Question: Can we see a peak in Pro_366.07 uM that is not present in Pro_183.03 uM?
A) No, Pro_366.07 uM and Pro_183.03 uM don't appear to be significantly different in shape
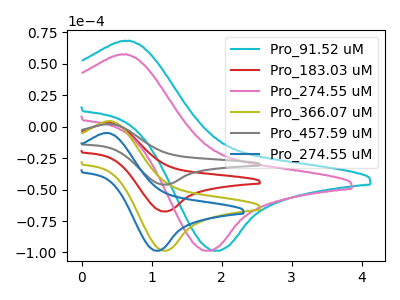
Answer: <think>The cyan curve "Pro_91.52 uM" has an anodic peak at (0.65V, 68.40uA) and a cathodic peak at (1.90V, -98.65uA). The red curve "Pro_183.03 uM" has an anodic peak at (0.40V, 3.05uA) and a cathodic peak at (1.20V, -67.45uA). The pink curve "Pro_274.55 uM" has an anodic peak at (0.60V, 57.60uA) and a cathodic peak at (1.80V, -98.65uA). The olive curve "Pro_366.07 uM" has an anodic peak at (0.40V, 4.45uA) and a cathodic peak at (1.20V, -98.65uA). The gray curve "Pro_457.59 uM" has an anodic peak at (0.40V, 6.05uA) and a cathodic peak at (1.20V, -134.85uA). The blue curve "Pro_274.55 uM" has an anodic peak at (0.35V, -5.00uA) and a cathodic peak at (1.05V, -98.65uA).
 All the peaks in "Pro_366.07 uM" have a peak in "Pro_183.03 uM" at the same potential. Every peak in "Pro_366.07 uM" is higher than every peak in "Pro_183.03 uM".</think>
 <answer>A) No, "Pro_366.07 uM" and "Pro_183.03 uM" don't appear to be significantly different in shape</answer>
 <eval>A</eval>